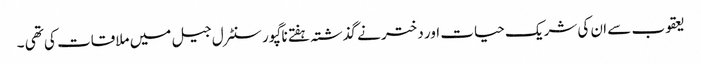
یعقوب سے ان کی شریک حیات اور دختر نے گذشتہ ہفتے ناگپور سنٹرل جیل میں ملاقات کی تھی ۔